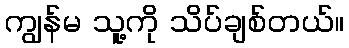
ကျွန်မ သူ့ကို သိပ်ချစ်တယ်။